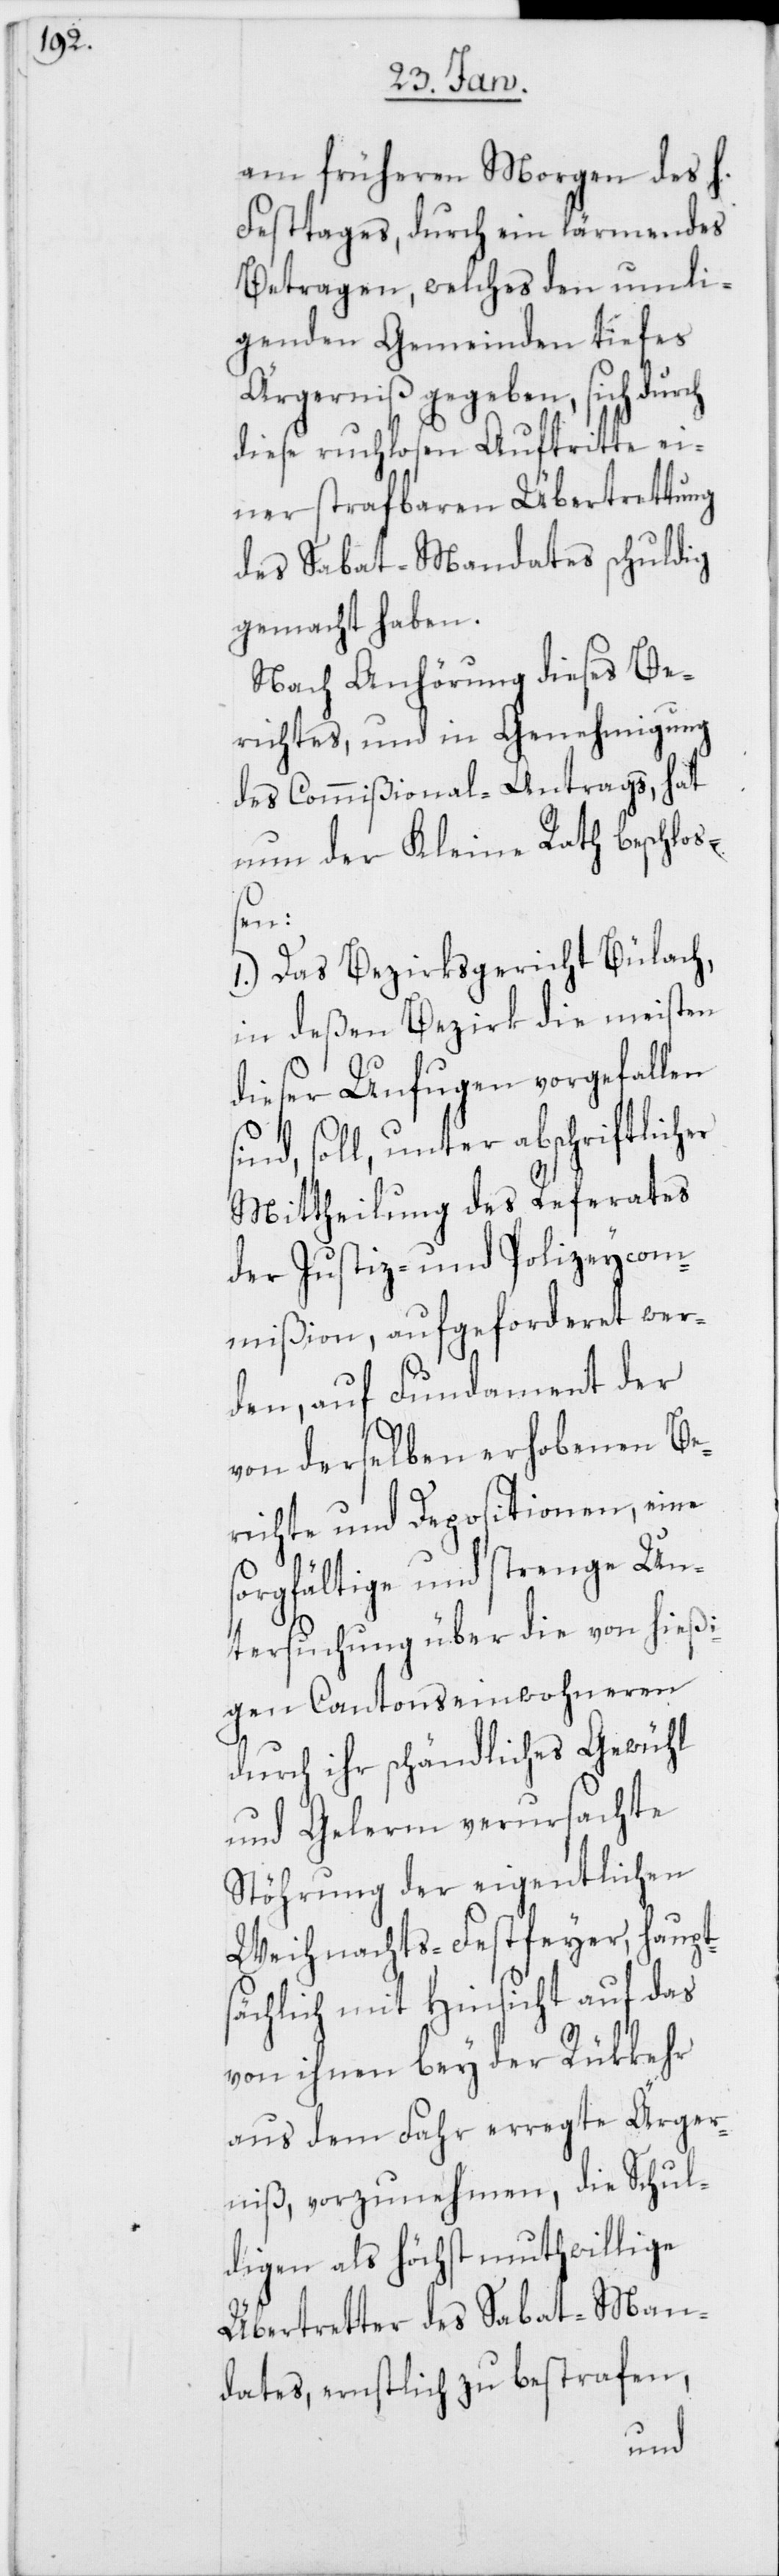
am früheren Morgen des h.
Festtages, durch ein lärmendes
Betragen, welches den umli¬
genden Gemeinden tiefes
Ärgerniß gegeben, sich durch
diese ruchlosen Auftritte ei¬
ner strafbaren Übertrettung
des Sabat-Mandates schuldig
gemacht haben.
Nach Anhörung dieses Be¬
richtes, und in Genehmigung
des Commißional-Antrags, hat
nun der Kleine Rath beschlo¬
Schu¬
1.) Das Bezirksgericht Bülach,
in deßen Bezirk die meisten
dieser Unfugen vorgefallen
sind, soll, unter abschriftlich¬
Mittheilung des Referates
der Justiz- und Polizeycom¬
mißion, aufgeforderet wer¬
den, auf Fundament der
von derselben erhobenen Be¬
richte und Depositionen, eine
sorgfältige und strenge Un¬
tersuchung über die von hießi¬
gen Cantonseinwohneren
durch ihr schändliches Gewühl
und Gelerm verursachte
Stöhrung der eigentlichen
Weihnachts-Festfeyer, haupt¬
sächlich mit Hinsicht auf das
von ihnen bey der Rükkehr
aus dem Fahr erregte Ärger¬
ldigen als höchst muthwillige
Übertretter des Sabat-Man¬
dates, ernstlich zu bestrafen,